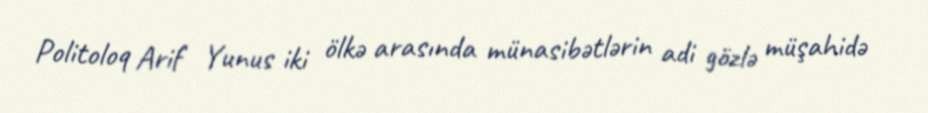
Politoloq Arif Yunus iki ölkə arasında münasibətlərin adi gözlə müşahidə